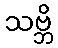
သဗ္ဘိ